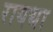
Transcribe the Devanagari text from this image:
रायथा